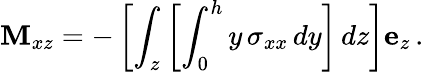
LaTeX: \mathbf{M}_{xz}=-\left[\int_{z}\left[\int_{0}^{h}y\, \sigma_{xx}\, dy\right]\, dz\right]\mathbf{e}_{z}\, .